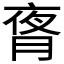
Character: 𬂃